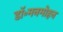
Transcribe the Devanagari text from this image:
डॉ॰मनमोहन